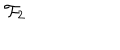
LaTeX: { \cal F } _ { 2 }